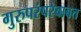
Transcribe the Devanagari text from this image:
गुरुपरंपरेबाबत